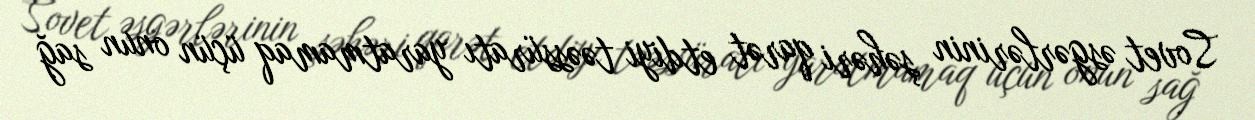
Sovet əsgərlərinin şəhəri qarət etdiyi təəssüratı yaratmamaq üçün onun sağ